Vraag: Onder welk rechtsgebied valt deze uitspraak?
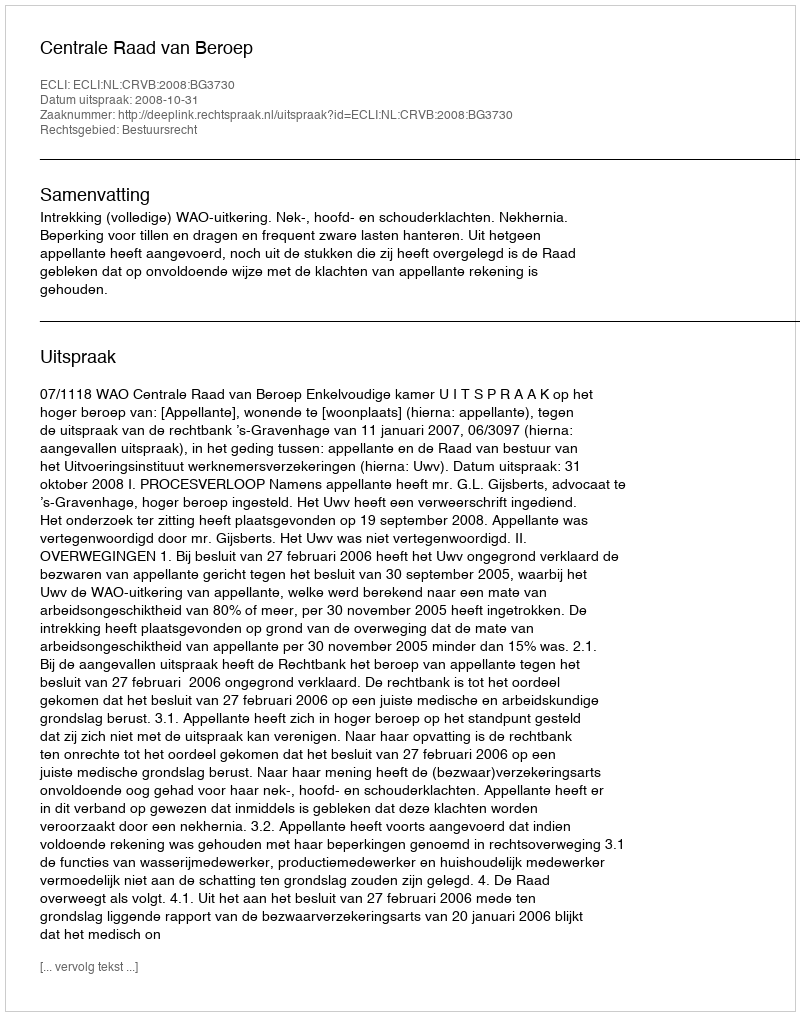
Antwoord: Bestuursrecht